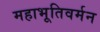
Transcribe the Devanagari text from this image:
महाभूतिवर्मन